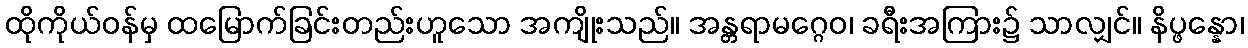
ထိုကိုယ်ဝန်မှ ထမြောက်ခြင်းတည်းဟူသော အကျိုးသည်။ အန္တရာမဂ္ဂေဝ၊ ခရီးအကြား၌ သာလျှင်။ နိပ္ဖန္နော၊